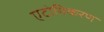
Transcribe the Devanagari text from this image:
एटोमिकरण